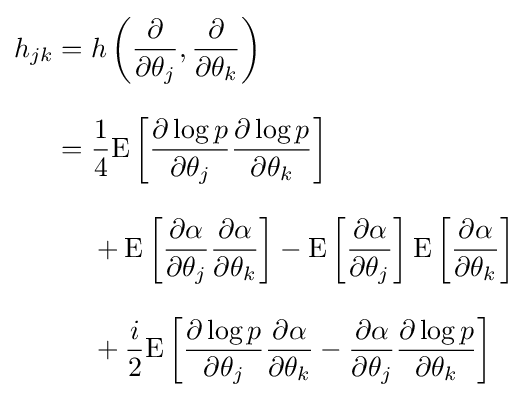
{\begin{aligned}h_{jk}={}&h\left({\frac {\partial }{\partial \theta _{j}}},{\frac {\partial }{\partial \theta _{k}}}\right)\\[8pt]={}&{\frac {1}{4}}\mathrm {E} \left[{\frac {\partial \log p}{\partial \theta _{j}}}{\frac {\partial \log p}{\partial \theta _{k}}}\right]\\[8pt]{}&+\mathrm {E} \left[{\frac {\partial \alpha }{\partial \theta _{j}}}{\frac {\partial \alpha }{\partial \theta _{k}}}\right]-\mathrm {E} \left[{\frac {\partial \alpha }{\partial \theta _{j}}}\right]\mathrm {E} \left[{\frac {\partial \alpha }{\partial \theta _{k}}}\right]\\[8pt]&{}+{\frac {i}{2}}\mathrm {E} \left[{\frac {\partial \log p}{\partial \theta _{j}}}{\frac {\partial \alpha }{\partial \theta _{k}}}-{\frac {\partial \alpha }{\partial \theta _{j}}}{\frac {\partial \log p}{\partial \theta _{k}}}\right]\end{aligned}}